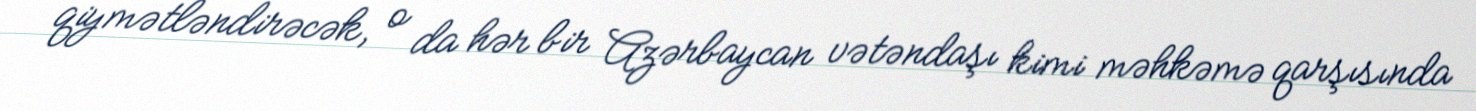
qiymətləndirəcək, o da hər bir Azərbaycan vətəndaşı kimi məhkəmə qarşısında